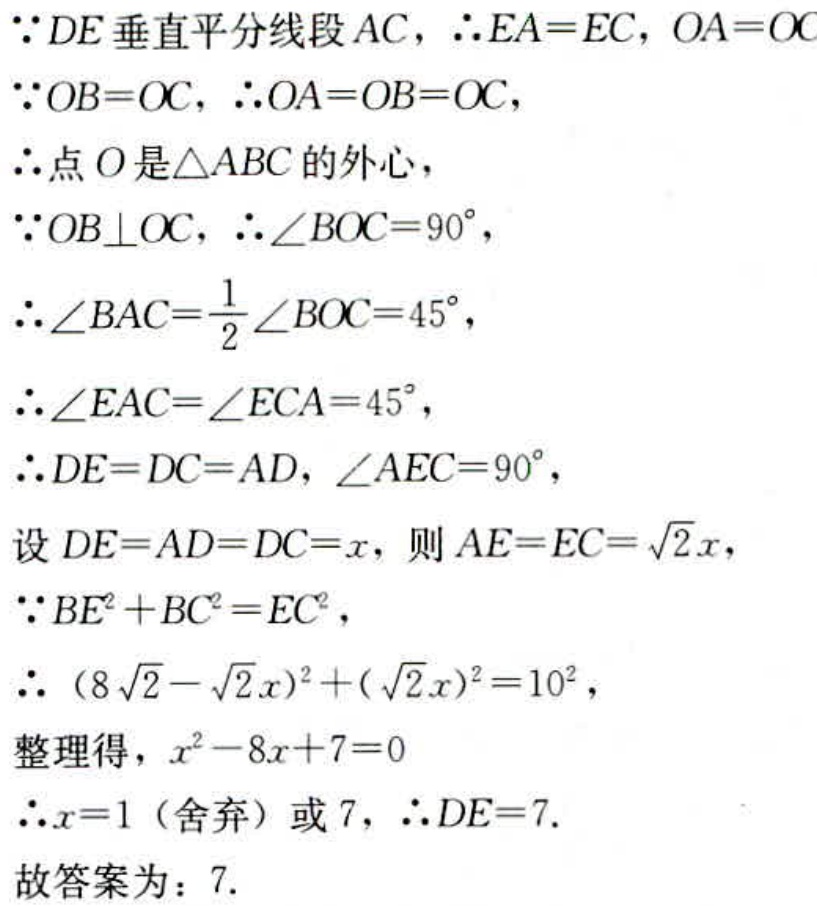
\(\because DE \text{ 垂直平分线段 } AC, \therefore EA = EC, OA = OC\)
\(\because OB = OC, \therefore OA = OB = OC,\)
\(\therefore \text{点 } O \text{ 是} \triangle ABC \text{ 的外心},\)
\(\because OB \perp OC, \therefore \angle BOC = 90^{\circ},\)
\(\therefore \angle BAC=\frac{1}{2}\angle BOC = 45^{\circ},\)
\(\therefore \angle EAC = \angle ECA = 45^{\circ},\)
\(\therefore DE = DC = AD, \angle AEC = 90^{\circ},\)
\(\text{设 } DE = AD = DC = x, \text{ 则 } AE = EC = \sqrt{2}x,\)
\(\because BE^{2}+BC^{2}=EC^{2},\)
\(\therefore (8\sqrt{2}-\sqrt{2}x)^{2}+(\sqrt{2}x)^{2}=10^{2},\)
\(\text{整理得，} x^{2}-8x + 7 = 0\)
\(\therefore x = 1 \text{ (舍弃) 或 } 7, \therefore DE = 7.\)
\(\text{故答案为：} 7.\)